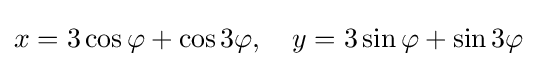
x=3\cos \varphi +\cos 3\varphi ,\quad y=3\sin \varphi +\sin 3\varphi \